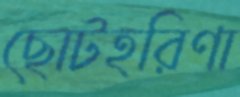
ছোটহরিণা